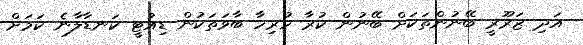
އަދި ޒަރޫރީ ބޭނުންތަކަށް ބޭނުން ކުރާ ހުރިހާ ބާވަތަކުން ޑިއުޓީ ކަނޑާލާނެ ކަމަށް